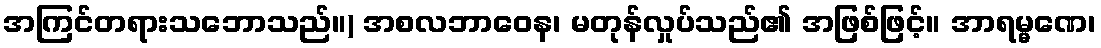
အကြင်တရားသဘောသည်။) အစလဘာဝေန၊ မတုန်လှုပ်သည်၏ အဖြစ်ဖြင့်။ အာရမ္မဏေ၊